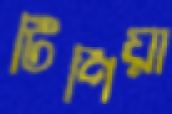
টিপিয়া